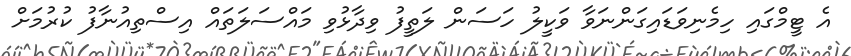
އެ ޓީމްގައި ހިމެނިވަޑައިގަންނަވާ ވަކީލު ހަސަން ލަތީފު ވިދާޅުވި މައްސަލަތައް އިސްތިއުނާފު ކުރުމަށް